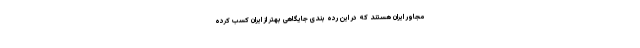
مجاور ایران هستند که در این رده بندی جایگاهی بهتر از ایران کسب کرده